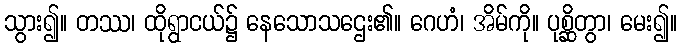
သွား၍။ တဿ၊ ထိုရွာငယ်၌ နေသောသဌေး၏။ ဂေဟံ၊ အိမ်ကို။ ပုစ္ဆိတွာ၊ မေး၍။